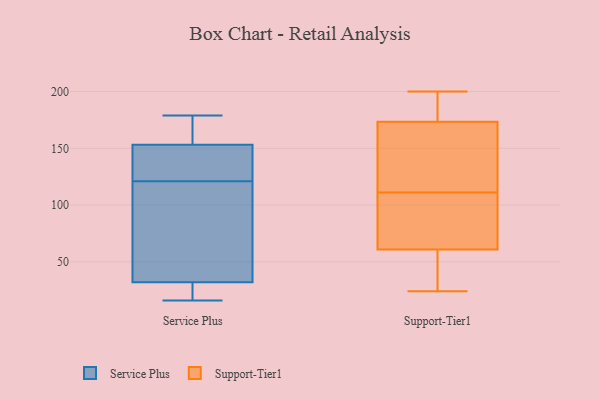
{"axis": {"x": "Inventory Turnover", "y": "Value"}, "legend": ["Service Plus", "Support-Tier1"], "data": [{"x": "", "y": 121, "type": "Service Plus"}, {"x": "", "y": 176, "type": "Service Plus"}, {"x": "", "y": 179, "type": "Service Plus"}, {"x": "", "y": 151, "type": "Service Plus"}, {"x": "", "y": 145, "type": "Service Plus"}, {"x": "", "y": 16, "type": "Service Plus"}, {"x": "", "y": 46, "type": "Service Plus"}, {"x": "", "y": 44, "type": "Service Plus"}, {"x": "", "y": 25, "type": "Service Plus"}, {"x": "", "y": 28, "type": "Service Plus"}, {"x": "", "y": 154, "type": "Service Plus"}, {"x": "", "y": 171, "type": "Support-Tier1"}, {"x": "", "y": 60, "type": "Support-Tier1"}, {"x": "", "y": 185, "type": "Support-Tier1"}, {"x": "", "y": 200, "type": "Support-Tier1"}, {"x": "", "y": 87, "type": "Support-Tier1"}, {"x": "", "y": 30, "type": "Support-Tier1"}, {"x": "", "y": 111, "type": "Support-Tier1"}, {"x": "", "y": 181, "type": "Support-Tier1"}, {"x": "", "y": 125, "type": "Support-Tier1"}, {"x": "", "y": 45, "type": "Support-Tier1"}, {"x": "", "y": 168, "type": "Support-Tier1"}, {"x": "", "y": 63, "type": "Support-Tier1"}, {"x": "", "y": 24, "type": "Support-Tier1"}, {"x": "", "y": 61, "type": "Support-Tier1"}, {"x": "", "y": 61, "type": "Support-Tier1"}, {"x": "", "y": 196, "type": "Support-Tier1"}, {"x": "", "y": 152, "type": "Support-Tier1"}]}